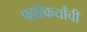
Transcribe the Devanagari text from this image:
पहारेकर्यांची